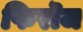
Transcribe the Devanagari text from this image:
फिरॊज